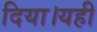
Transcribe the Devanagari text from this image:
दिया।यही